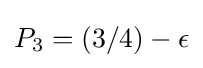
P_{3}=(3/4)-\epsilon